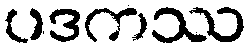
ပဒကဿ